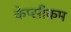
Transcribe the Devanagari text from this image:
केप्सीकम